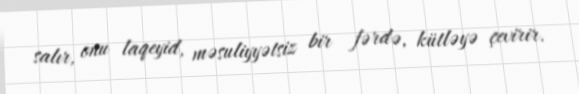
salır, onu laqeyid, məsuliyyətsiz bir fərdə, kütləyə çevirir.